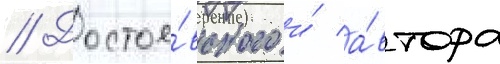
// Достое́вского и́ а́втора